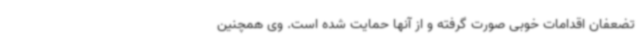
تضعفان اقدامات خوبی صورت گرفته و از آنها حمایت شده است. وی همچنین